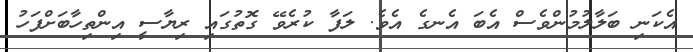
އެކަނި ބަލާލުމުންވެސް އެބަ އެނގެ އެވެ. ލަފާ ކުރެވޭ ގޮތުގައި ރިޔާސީ އިންތިހާބަށްފަހު